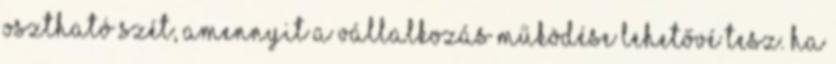
osztható szét, amennyit a vállalkozás működése lehetővé tesz. Ha